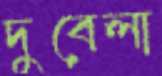
দুবেলা